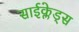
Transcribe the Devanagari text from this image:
साईक्लेड्स